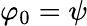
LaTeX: \varphi_{0}=\psi